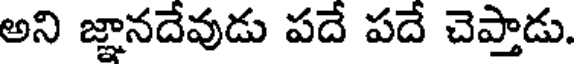
అని జ్ఞానదేవుడు పదే పదే చెప్తాడు.